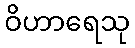
ဝိဟာရေသု